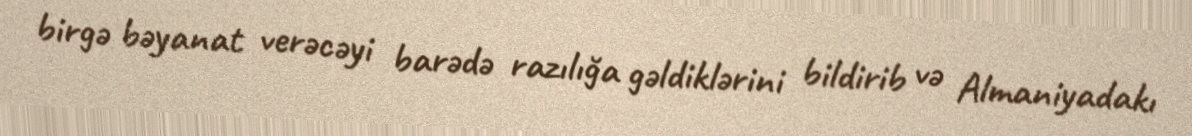
birgə bəyanat verəcəyi barədə razılığa gəldiklərini bildirib və Almaniyadakı